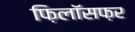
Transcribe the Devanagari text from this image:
फ़िलॉसफ़र